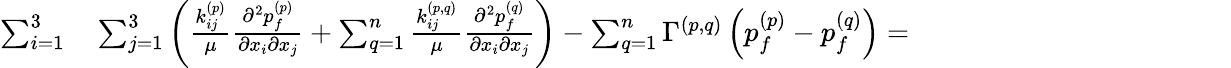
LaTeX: \begin{array}{rl}{\sum_{i=1}^{3}}&{{}\sum_{j=1}^{3}\left(\frac{k_{ij}^{(p)}}{\mu}\frac{\partial^{2}{p_{f}^{(p)}}}{\partial{x_{i}}\partial{x_{j}}}+\sum_{q=1}^{n}\frac{k_{ij}^{(p,q)}}{\mu}\frac{\partial^{2}{p_{f}^{(q)}}}{\partial{x_{i}}\partial{x_{j}}}\right)-\sum_{q=1}^{n}\Gamma^{(p,q)}\left(p_{f}^{(p)}-p_{f}^{(q)}\right)=\hphantom{XXXXXXXXXXXXX}}\end{array}